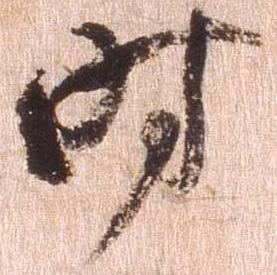
時